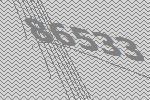
86533